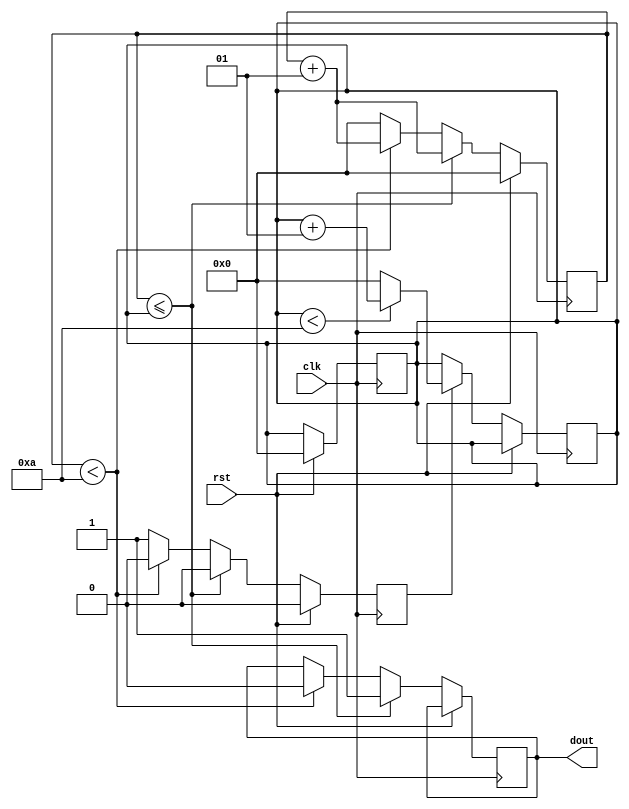
// This program was cloned from: https://github.com/Suni123456789/100DaysRTL
// License: Apache License 2.0

`timescale 1ns / 1ps

module PWM(
    input clk, rst, 
    output reg dout
    );
 
parameter period = 10;
integer count;
integer ton;
reg ncyc;
 
always@(posedge clk)
begin
     if(rst == 1'b1)
        begin
         count <= 0;
         ton   <= 0;
         ncyc  <= 1'b0;
        end   
     else 
       begin
            if(count <= ton) 
              begin
                  count <= count + 1;
                  dout  <= 1'b1;
                  ncyc  <= 1'b0;
              end
            else if (count < period)
              begin
                  count <= count + 1;
                  dout <= 1'b0;
                  ncyc <= 1'b0;
              end
            else
               begin
                   ncyc  <= 1'b1;
                   count <= 0;
               end
       end
end
 
always@(posedge clk)
begin
     if(rst == 1'b0) 
     begin 
         if(ncyc == 1'b1)
            begin
                if(ton < period)
                   ton <= ton + 1;
                else
                   ton <= 0;
            end
     end   
end

endmodule